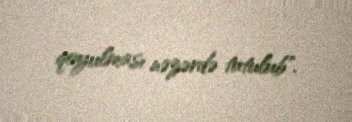
qoyulması nəzərdə tutulub".